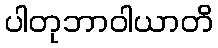
ပါတုဘာဝါယာတိ